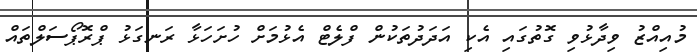
މުއިއްޒު ވިދާޅުވި ގޮތުގައި އެކި އަދަދުތަކުން ފްލެޓް އެޅުމަށް ހުށަހަޅާ ރަނގަޅު ޕްރޮޕޯސަލްތައް